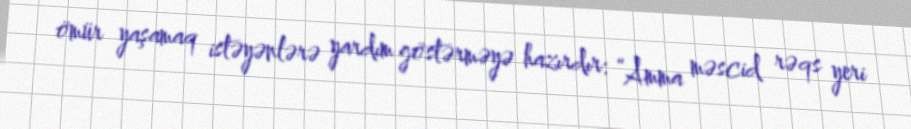
ömür yaşamaq istəyənlərə yardım göstərməyə hazırdır: “Amma məscid rəqs yeri